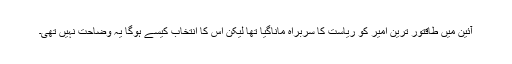
آئین میں طاقتور ترین امیر کو ریاست کا سربراہ ماناگیا تھا لیکن اس کا انتخاب کیسے ہوگا یہ وضاحت نہیں تھی۔